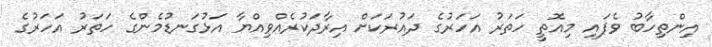
އިންތިހާބު ވެފައި މިއޮތީ ހަތަރު އަހަރުގެ ދައުރަކަށް އިރާދަކުރެއްވިއްޔާ އަޅުގަނޑުމެންގެ ހަތަރު އަހަރުގެ